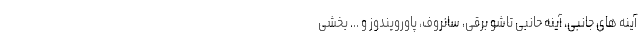
آینه های جانبی، آینه حانبی تاشو برقی، سانروف، پاورویندوز و ... بخشی